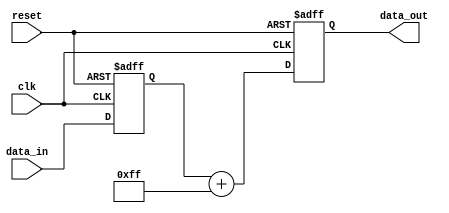
module ShiftAddRegister(
    input wire clk,
    input wire reset,
    input wire [7:0] data_in,
    output reg [7:0] data_out
);

reg [7:0] shift_reg;
reg [7:0] constant_value = 8'hFF; //Example constant value for addition

always @(posedge clk or posedge reset) begin
    if(reset) begin
        shift_reg <= 8'b0;
        data_out <= 8'b0;
    end else begin
        shift_reg <= {shift_reg[6:0], data_in};
        data_out <= shift_reg + constant_value;
    end
end

endmodule